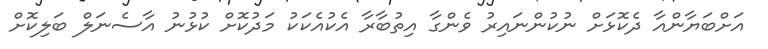
އަށްބަޔާންއާ ދެކޮޅަށް ނުކުންނައިރު ވެންގާ އިތުބާރާ އެކުއެކަކު މަދުކޮށް ކުޅުނު އާސެނަލް ބަލިކޮށް